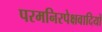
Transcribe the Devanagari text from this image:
परमनिरपेक्षवादियों